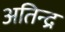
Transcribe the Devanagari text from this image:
अतिन्द्र